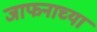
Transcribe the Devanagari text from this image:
जाफनाच्या